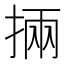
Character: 掚